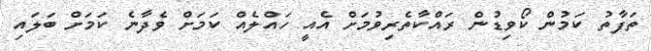
ތަފާތު ކަމުން ކޯވިޑުން ރައްކާތެރިވުމަށް އެއީ ހައްލެއް ކަމަށް ވެދާނެ ކަމަށް ބަލައި